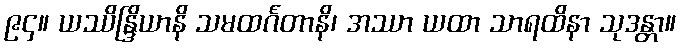
၉၄။ ယဿိန္ဒြိယာနိ သမထင်္ဂတာနိ၊ အဿာ ယထာ သာရထိနာ သုဒန္တာ။